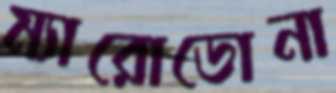
ম্যারোডোনা